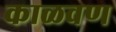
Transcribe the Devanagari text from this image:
काळवण